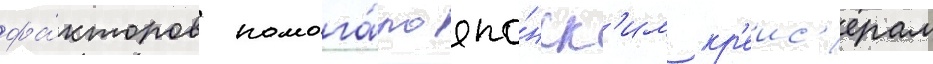
фа́кторов помога́ло япо́нск'им кр'еис'ерам